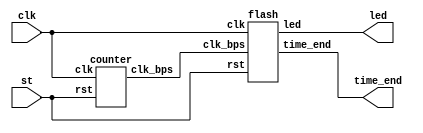
`timescale 1ns / 1ps

module led (
    input clk,
 	input st,
 	output [23:0] led,
 	output time_end
    );
	
	wire clk_bps;
 	 	
 	counter c(
 		.clk( clk ),
 		.rst( st ),
 		.clk_bps( clk_bps )
 	);
 	flash fl(
 		.clk( clk ),
 		.rst( st ),
 		.clk_bps( clk_bps ),
 		.led( led ),
 		.time_end(time_end)
 	);
endmodule


module flash(
 	 	input clk,
 	 	input rst,
 	 	input clk_bps,
 	 	output reg[23:0]led,
 	 	output reg time_end
 	 	);
		always @( posedge clk, negedge rst )
 	 		if( ~rst ) begin
 	 			led = 24'd1;
 	 			time_end = 0;
 	 	    end
 	 		else if( clk_bps && rst) begin
 	 		   if( led != 24'h0 ) begin
 	 		       led = led << 1'b1;
 	 		   end
 	 		   else time_end = 1;
 	 		end
endmodule

module counter(
        input clk,
 	 	input rst,
 	 	output clk_bps
 	 	);	
 	 	reg [13:0]cnt_first,cnt_second;
 	 	always @( posedge clk, negedge rst )
 	 	 	if( ~rst )
 	 			cnt_first <= 14'd0;
 	 		else if( cnt_first == 14'd10000 )
 	 			cnt_first <= 14'd0;
 	 		else
 	 			cnt_first <= cnt_first + 1'b1;
 	 	always @( posedge clk, negedge rst )
 	 		if( ~rst )
 	 			cnt_second <= 14'd0;
 	 		else if( cnt_second == 14'd10000 )
 	 			cnt_second <= 14'd0;
 	 		else if( cnt_first == 14'd10000 )
 	 			cnt_second <= cnt_second + 1'b1;
 	 	assign clk_bps = cnt_second == 14'd10000 ? 1'b1 : 1'b0;
endmodule